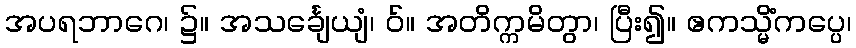
အပရဘာဂေ၊ ၌။ အသင်္ချေယျံ၊ ဝ်။ အတိက္ကမိတွာ၊ ပြီး၍။ ဧကသ္မိံကပ္ပေ၊